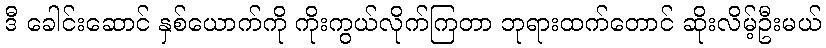
ဒီ ခေါင်းဆောင် နှစ်ယောက်ကို ကိုးကွယ်လိုက်ကြတာ ဘုရားထက်တောင် ဆိုးလိမ့်ဦးမယ်